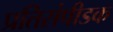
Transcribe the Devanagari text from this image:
प्रतिसंपीडक